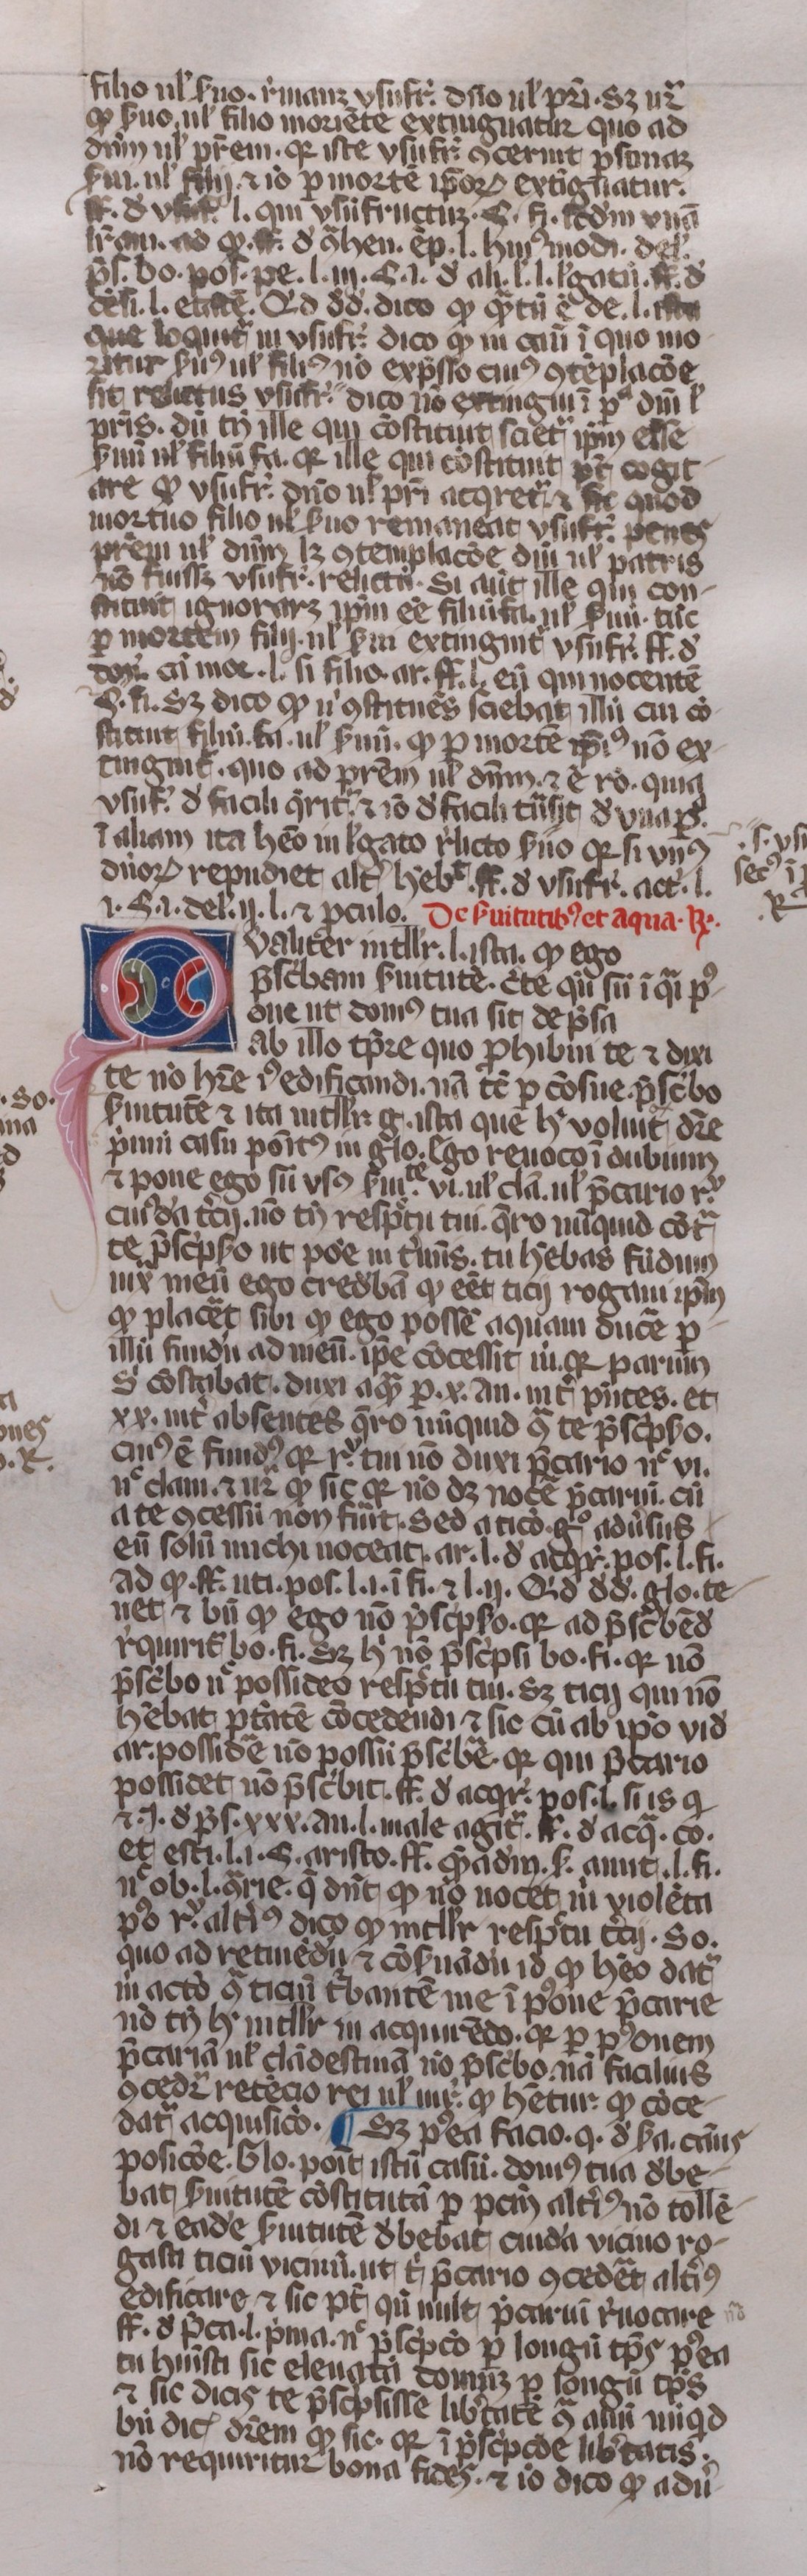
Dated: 1350–1399